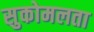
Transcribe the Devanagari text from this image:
सुकोमलता